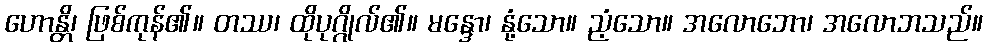
ဟောန္တိ၊ ဖြစ်ကုန်၏။ တဿ၊ ထိုပုဂ္ဂိုလ်၏။ မန္ဒော၊ နုံ့သော။ ညံ့သော။ အလောဘော၊ အလောဘသည်။